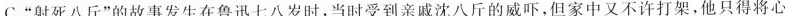
C.“射死八斤”的故事发生在鲁迅七八岁时,当时受到亲戚沈八斤的威吓,但家中又不许打架,他只得将心